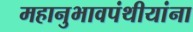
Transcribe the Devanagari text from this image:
महानुभावपंथीयांना